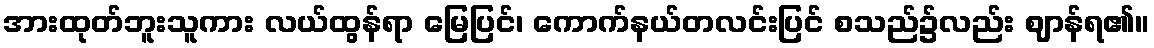
အားထုတ်ဘူးသူကား လယ်ထွန်ရာ မြေပြင်၊ ကောက်နယ်တလင်းပြင် စသည်၌လည်း ဈာန်ရ၏။